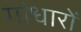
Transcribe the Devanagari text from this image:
गांधारों